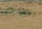
اغتصاب